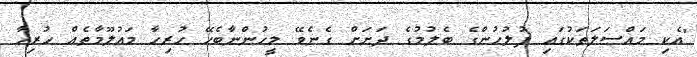
"އެކި މައްސަލަތަކުގައި ފުލުހުންގެ ބެލުމުގެ ދަށަށް ގެނެވޭ މީހުންނާބެހޭ ހުރިހާ މައުލޫމާތެއް ހުރިހާ